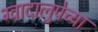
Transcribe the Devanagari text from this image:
ग्वादालुपेच्या